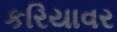
કરિયાવર